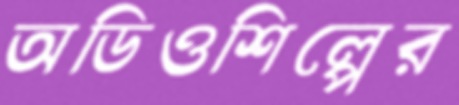
অডিওশিল্পের